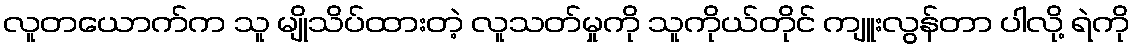
လူတယောက်က သူ မျိုသိပ်ထားတဲ့ လူသတ်မှုကို သူကိုယ်တိုင် ကျူးလွန်တာ ပါလို့ ရဲကို